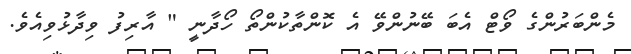
މެންބަރުންގެ ވޯޓް އެބަ ބޭނުންވޭ އެ ކޮންތާކުންތޯ ހޯދާނީ " އާރިފު ވިދާޅުވިއެވެ.